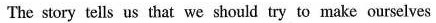
The story tells us that we should try to make ourselves